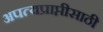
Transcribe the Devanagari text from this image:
अपत्यप्राप्तीसाठी